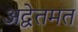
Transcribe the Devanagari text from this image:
अद्वेतमत